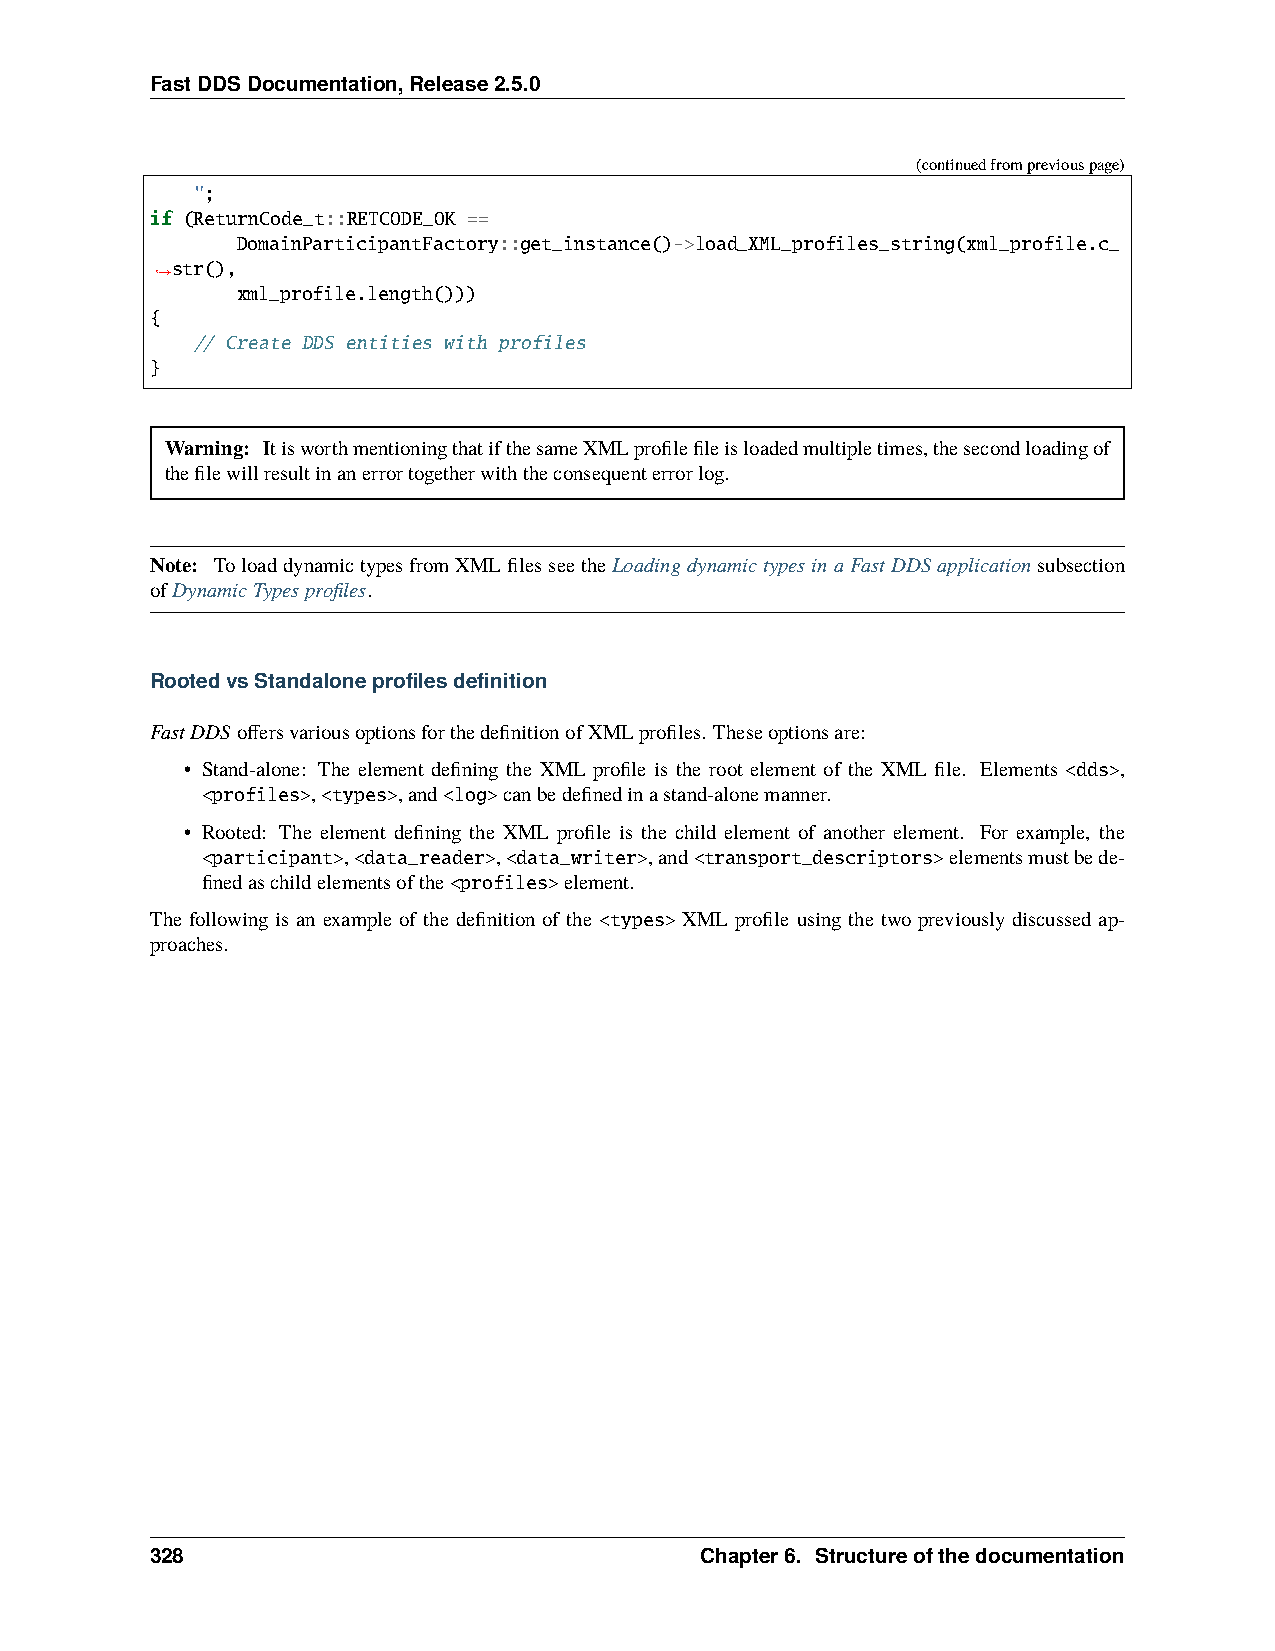
FastDDSDocumentation,Release2.5.0
 (continuedfrompreviouspage)
 ";
 if (ReturnCode_t::RETCODE_OK ==
 DomainParticipantFactory::get_instance()->load_XML_profiles_string(xml_profile.c_
 str(),
 ˓→
 xml_profile.length()))
 {
 // Create DDS entities with profiles
 }
 Warning: ItisworthmentioningthatifthesameXMLprofilefileisloadedmultipletimes,thesecondloadingof
 thefilewillresultinanerrortogetherwiththeconsequenterrorlog.
 Note: ToloaddynamictypesfromXMLfilesseetheLoadingdynamictypesinaFastDDSapplicationsubsection
 ofDynamicTypesprofiles.
 RootedvsStandaloneprofilesdefinition
 FastDDSoffersvariousoptionsforthedefinitionofXMLprofiles. Theseoptionsare:
 • Stand-alone: The element defining the XML profile is the root element of the XML file. Elements <dds>,
 <profiles>,<types>,and<log>canbedefinedinastand-alonemanner.
 • Rooted: The element defining the XML profile is the child element of another element. For example, the
 <participant>,<data_reader>,<data_writer>,and<transport_descriptors>elementsmustbede-
 finedaschildelementsofthe<profiles>element.
 The following is an example of the definition of the <types> XML profile using the two previously discussed ap-
 proaches.
 328                                 Chapter6. Structureofthedocumentation